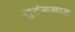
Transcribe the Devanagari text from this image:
तुटंगनाड